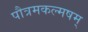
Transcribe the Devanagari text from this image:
पौत्रमकल्मषम्